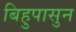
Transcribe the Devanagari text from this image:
बिहुपासुन